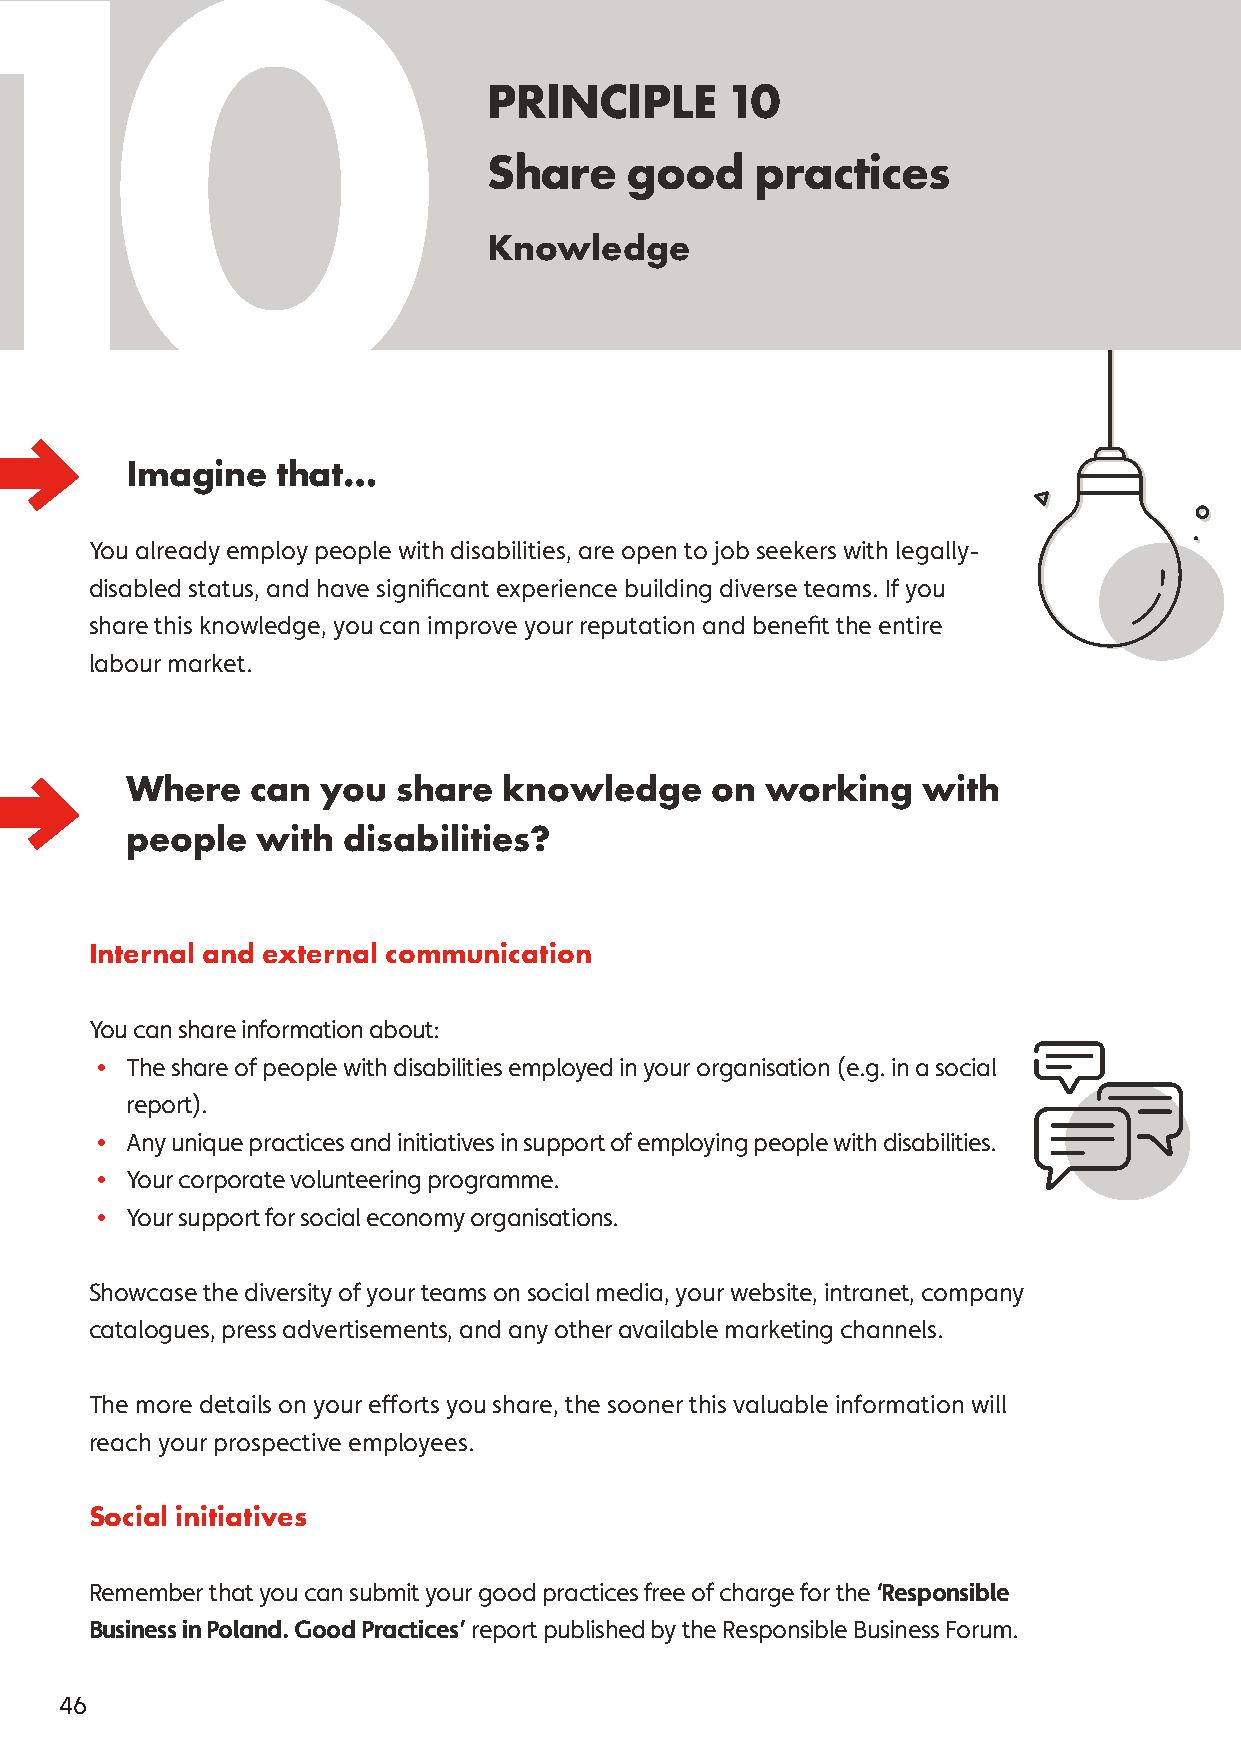
10
 PRINCIPLE       10
 Share    good     practices
 Knowledge
 Imagine   that…
 You already employ people with disabilities, are open to job seekers with legally-
 disabled status, and have significant experience building diverse teams. If you
 share this knowledge, you can improve your reputation and benefit the entire
 labour market.
 Where    can you  share  knowledge     on  working   with
 people   with  disabilities?
 Internal and external communication
 You can share information about:
 • The share of people with disabilities employed in your organisation (e.g. in a social
 report).
 • Any unique practices and initiatives in support of employing people with disabilities.
 • Your corporate volunteering programme.
 • Your support for social economy organisations.
 Showcase the diversity of your teams on social media, your website, intranet, company
 catalogues, press advertisements, and any other available marketing channels.
 The more details on your efforts you share, the sooner this valuable information will
 reach your prospective employees.
 Social initiatives
 Remember that you can submit your good practices free of charge for the ‘Responsible
 Business in Poland. Good Practices’ report published by the Responsible Business Forum.
 46